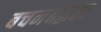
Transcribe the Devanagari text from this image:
बचनबद्धता